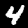
Digit: 4